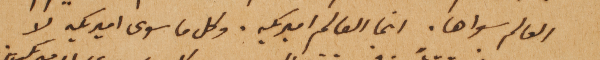
العالم سواها. انما العالم اميريكه. وكل ما سوى اميريكه لا